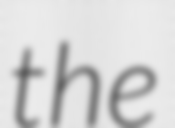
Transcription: the